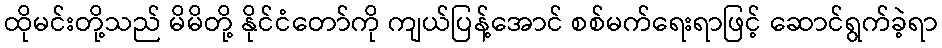
ထိုမင်းတို့သည် မိမိတို့ နိုင်ငံတော်ကို ကျယ်ပြန့်အောင် စစ်မက်ရေးရာဖြင့် ဆောင်ရွက်ခဲ့ရာ